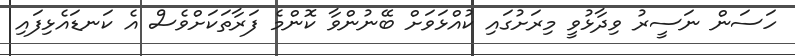
ހަސަން ނަސީރު ވިދާޅުވީ މިރަށުގައި ކުއްޅަވަށް ބޭނުންވާ ކޮންމެ ފަރާތަކަށްވެސް އެ ކަނޑައެޅިފައި